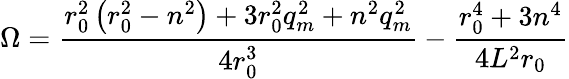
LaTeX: \Omega=\frac{r_{0}^{2}\left(r_{0}^{2}-n^{2}\right)+3r_{0}^{2}q_{m}^{2}+n^{2}q_{m}^{2}}{4r_{0}^{3}}-\frac{r_{0}^{4}+3n^{4}}{4L^{2}r_{0}}